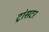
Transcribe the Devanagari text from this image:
ट्रांसटर